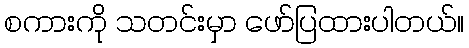
စကားကို သတင်းမှာ ဖော်ပြထားပါတယ်။